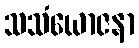
သသံယောဇနာ